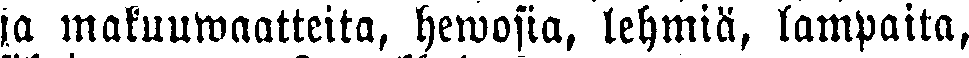
la makuuwaatteita, hewosia, lehmiä, lampaita,